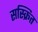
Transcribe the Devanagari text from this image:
सस्क्रित